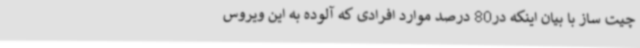
چیت ساز با بیان اینکه در80 درصد موارد افرادی که آلوده به این ویروس